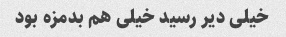
خیلى دیر رسید خیلى هم بدمزه بود